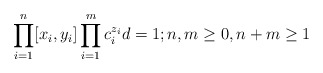
\begin{align*}\prod_{i=1}^n[x_i,y_i]\prod_{i=1}^mc_i^{z_i}d=1; n,m\geq 0,n+m\geq 1\end{align*}